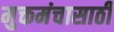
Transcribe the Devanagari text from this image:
मुक्तमंचासाठी